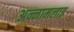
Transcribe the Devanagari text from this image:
अन्नामलाइ